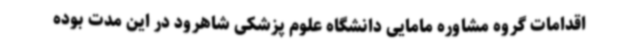
اقدامات گروه مشاوره مامایی دانشگاه علوم پزشکی شاهرود در این مدت بوده